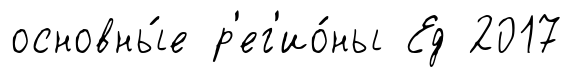
основны́е р'ег'ио́ны Ед 2017